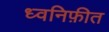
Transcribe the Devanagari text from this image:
ध्वनिफ़ीत